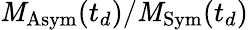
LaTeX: \mathit{M}_{\mathrm{{Asym}}}(t_{d})/\mathit{M}_{\mathrm{{Sym}}}(t_{d})